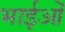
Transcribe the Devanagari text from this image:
भाईओं